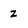
Character: z